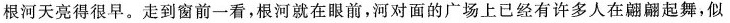
根河天亮得很早。走到窗前一看，根河就在眼前，河对面的广场上已经有许多人在翩翩起舞，似